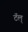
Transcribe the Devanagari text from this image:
टॅल्